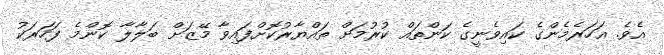
އެވެ. އަހަރެމެންގެ ކައިވެނީގެ ކަންތައް ކުރުމަށް ތައްޔާރުކޮށްފައިވާ މޭޒަށް ބަލާލާ ކޮންމެ ފަހަރަކު